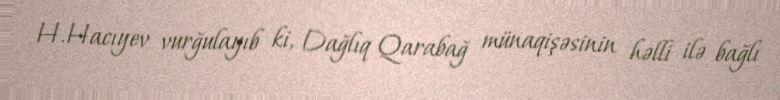
H.Hacıyev vurğulayıb ki, Dağlıq Qarabağ münaqişəsinin həlli ilə bağlı